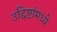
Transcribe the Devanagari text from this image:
उद्दिष्टांमध्ये